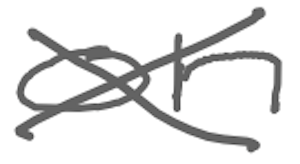
Text: on
Cross-out: cross
Writing tool: digital_gray